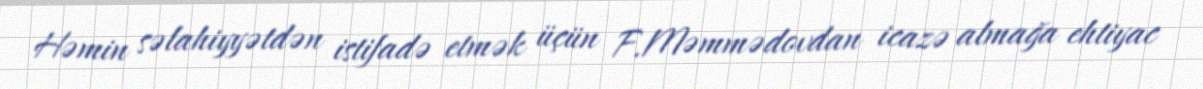
Həmin səlahiyyətdən istifadə etmək üçün F.Məmmədovdan icazə almağa ehtiyac